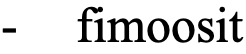
-  fimoosit